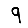
Digit: 9